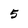
Character: 5